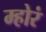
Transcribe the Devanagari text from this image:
म्होरं